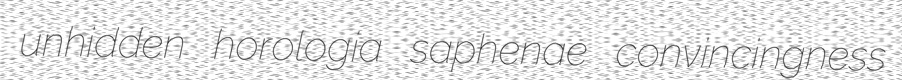
unhidden horologia saphenae convincingness